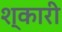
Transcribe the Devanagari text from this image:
श्कारी